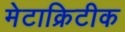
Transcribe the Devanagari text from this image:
मेटाक्रिटीक